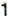
1